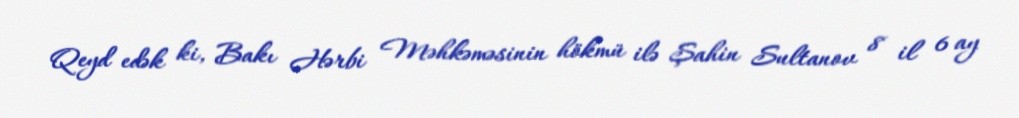
Qeyd edək ki, Bakı Hərbi Məhkəməsinin hökmü ilə Şahin Sultanov 8 il 6 ay